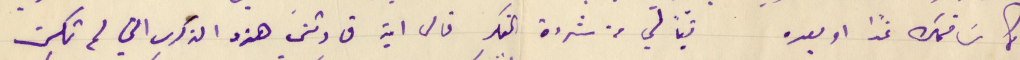
كما سَاضمك غدا او بعده تبًا لي من شردة الفكر فالى اين قادتني هذه الذكرى التي لم تكن